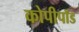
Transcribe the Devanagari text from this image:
कोपीपॉड